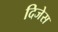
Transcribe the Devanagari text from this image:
दिजेस